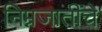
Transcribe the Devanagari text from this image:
निम्नजातींचे